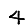
Digit: 4